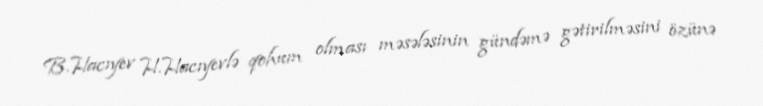
B.Hacıyev H.Hacıyevlə qohum olması məsələsinin gündəmə gətirilməsini özünə